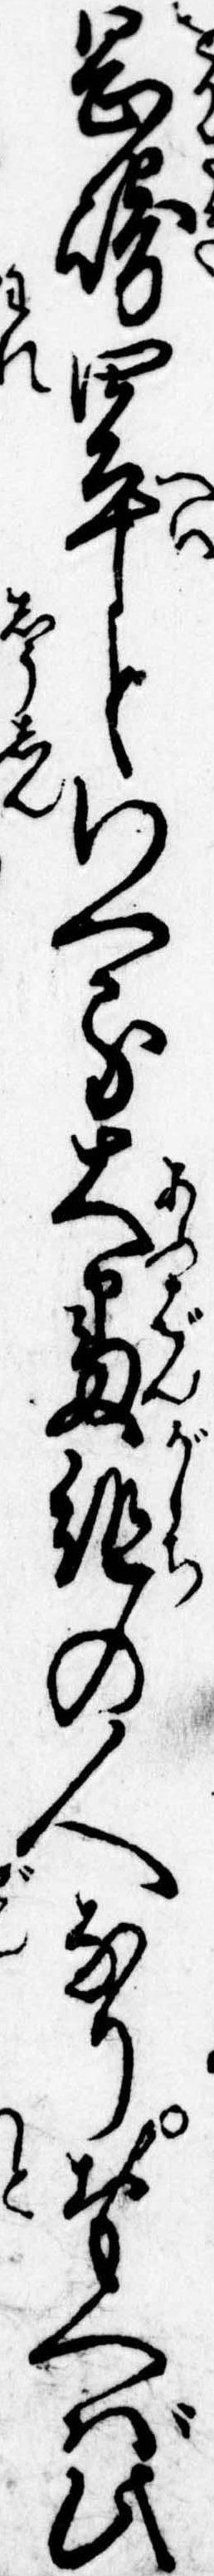
岡崎四平といへる大番頭の人なりおもへば此